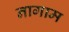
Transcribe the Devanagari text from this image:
नागाम